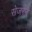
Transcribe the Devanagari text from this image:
सेजरने